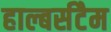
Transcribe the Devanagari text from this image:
हाल्बर्सटैम